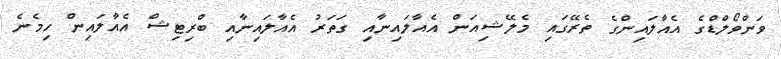
ވަންވޯލްޑްގެ އެއާލައިންގެ ތެރޭގައި މެލޭޝިއަން އެއާލައިނާއި ގަތަރު އެއާލައިނާއި ބްރިޓިޝް އެއާލައިން ހިމެނެ